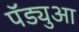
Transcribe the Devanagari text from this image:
पॅड्युआ